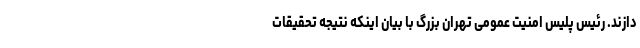
دازند. رئیس پلیس امنیت عمومی تهران بزرگ با بیان اینکه نتیجه تحقیقات